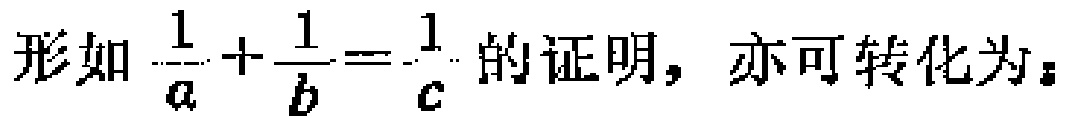
形如 $\frac{1}{a}+\frac{1}{b}=\frac{1}{c}$ 的证明，亦可转化为：